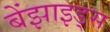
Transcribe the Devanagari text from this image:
बेंझाइड्स